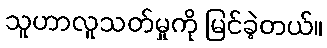
သူဟာလူသတ်မှုကို မြင်ခဲ့တယ်။